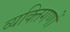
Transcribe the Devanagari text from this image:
व्यक्तिगणों